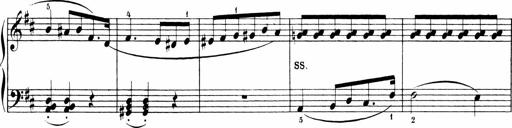
Title: Sonatinen Op.47, 98 und 136, nebst 6 Liedersonatinen
Composer: Carl Reinecke